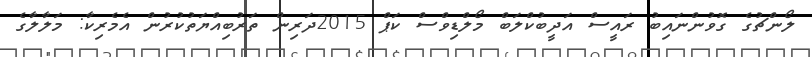
ލޯންޗުގެ ގޮވުންނައިބު ރައީސް އަދީބުކްލަބް މޯލްޑިވްސް ކަޕް 2015ދަރިން ތަރުބިއްޔަތުކުރުން އެމެރިކާ: މަލާލާގެ